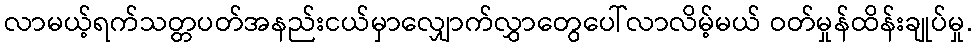
လာမယ့်ရက်သတ္တပတ်အနည်းငယ်မှာလျှောက်လွှာတွေပေါ်လာလိမ့်မယ် ဝတ်မှုန်ထိန်းချုပ်မှု.